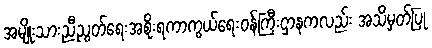
အမျိုးသားညီညွတ်ရေးအစိုးရကာကွယ်ရေးဝန်ကြီးဌာနကလည်း အသိမှတ်ပြု